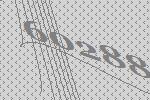
60288